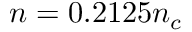
n = 0 . 2 1 2 5 n _ { c }